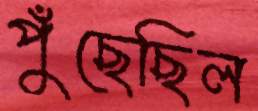
পুঁছেছিল